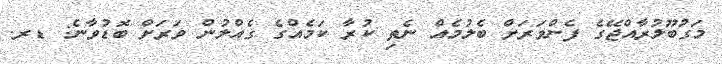
މަގުބޫލުރާއްޖޭގެ ފެންވަރަށް ބެލުމެއް ނެތި ކުރާ ކަމެއްގެ ގެއްލުން ވަރަށް ބޮޑުވާނެ: ޑރ.